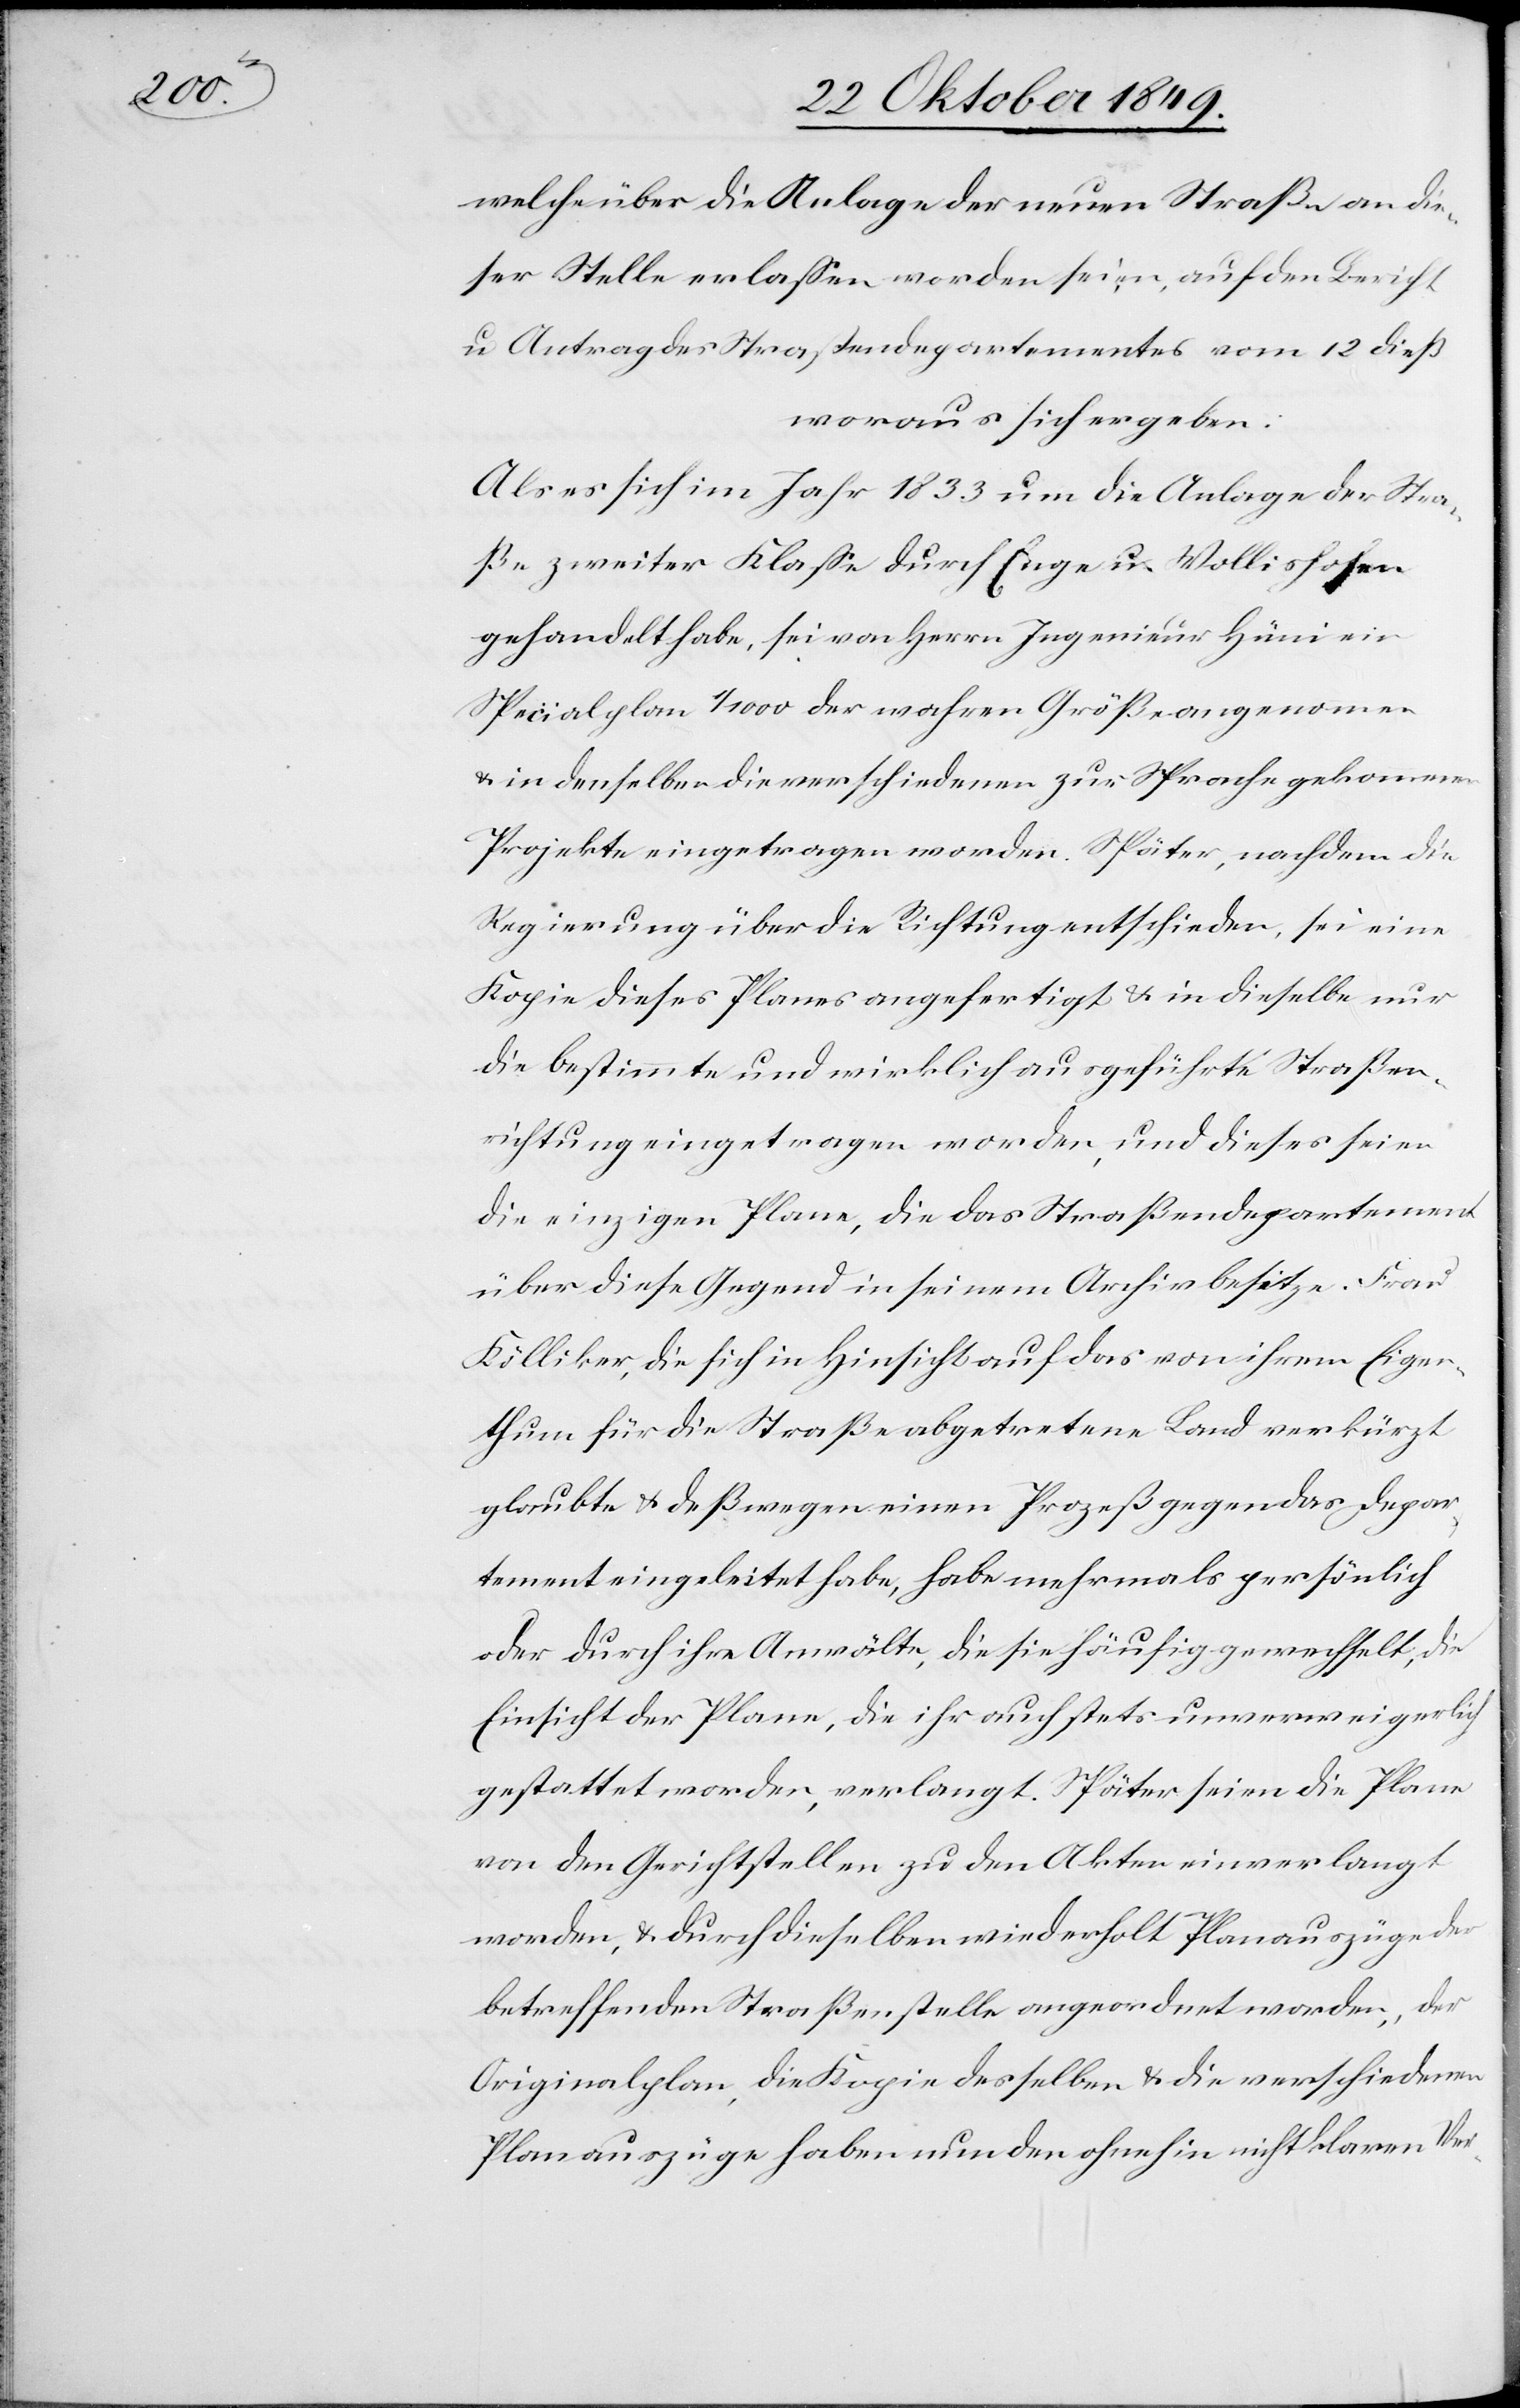
welche über die Anlage der neuen Straße an die¬
ser Stelle erlaßen worden seien, auf den Bericht
u. Antrag des Straßendepartementes vom 12 dieß
woraus sich ergeben:
Als es sich im Jahr 1833 um die Anlage der Stra¬
ße zweiter Klaße durch Enge u. Wollishofen
gehandelt habe, sei von Herrn Ingenieur Häni ein
Specialplan 1/1000 der wahren Größe angenommen
u. in denselben die verschiedenen zur Sprache gekommenen
Projekte eingetragen worden. Später, nachdem die
Regierung über die Richtung entschieden, sei eine
Kopie dieses Planes angefertigt u. in dieselbe nur
die bestimmte und wirklich ausgeführte Straßen¬
richtung eingetragen worden, und dieses seien
die einzigen Plane, die das Straßendepartement
über diese Gegend in seinem Archiv besitze. Frau
Kölliker, die sich in Hinsicht auf das von ihrem Eigen¬
thum für die Straße abgetretene Land verkürzt
glaubte u. deßwegen einen Prozeß gegen das Depar¬
tement eingeleitet habe, habe mehrmals persönlich
oder durch ihre Anwälte, die sie häufig gewechselt, die
Einsicht der Plane, die ihr auch stets unverweigerlich
gestattet worden, verlangt. Später seien die Plane
von den Gerichtstellen zu den Akten einverlangt
worden, u. durch dieselben wiederholt Planauszüge der
betreffenden Straßenstelle angeordnet worden, der
Originalplan, die Kopie desselben u. die verschiedenen
Planauszüge haben nun den ohnehin nicht klaren Ver-